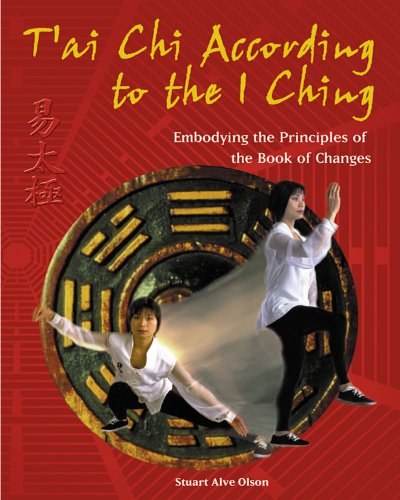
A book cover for T'ai Chi According to the I Ching: Embodying the Principles of the Book of Changes; Stuart Alve Olson; Religion & Spirituality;